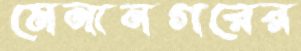
মেনানগরের